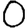
Digit: 0